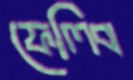
ফেলিব